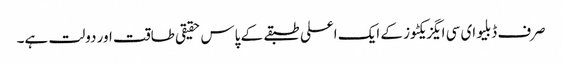
صرف ڈبلیو ای سی ایگزیکٹوز کے ایک اعلی طبقے کے پاس حقیقی طاقت اور دولت ہے۔